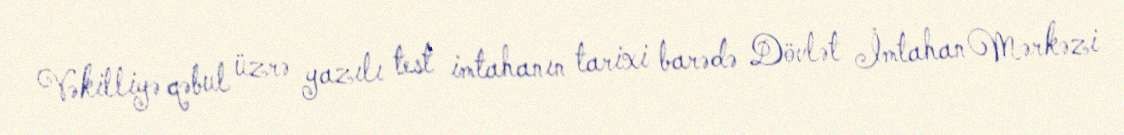
Vəkilliyə qəbul üzrə yazılı test imtahanın tarixi barədə Dövlət İmtahan Mərkəzi